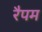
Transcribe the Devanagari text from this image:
रैपम